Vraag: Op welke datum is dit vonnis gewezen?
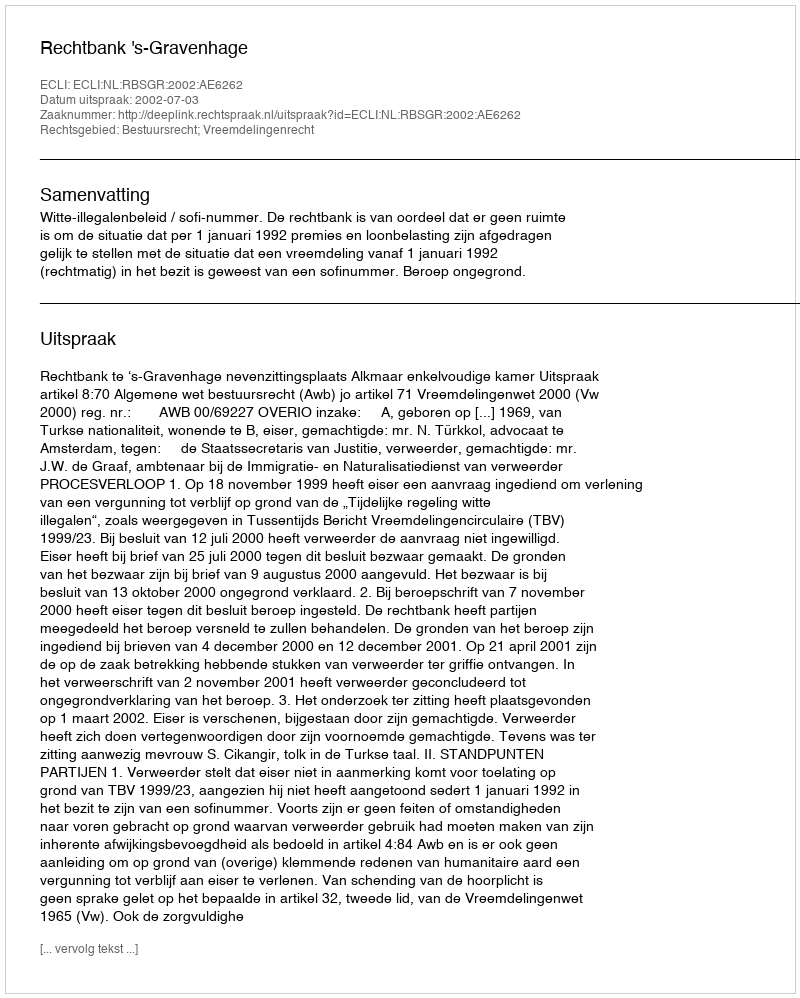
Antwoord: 2002-07-03